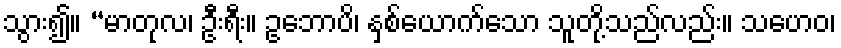
သွား၍။ “မာတုလ၊ ဦးရီး။ ဥဘောပိ၊ နှစ်ယောက်သော သူတို့သည်လည်း။ သဟေဝ၊